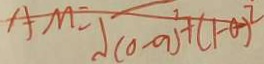
A M = \sqrt { ( 0 - a ) ^ { 2 } + ( 1 - a ) ^ { 2 } }